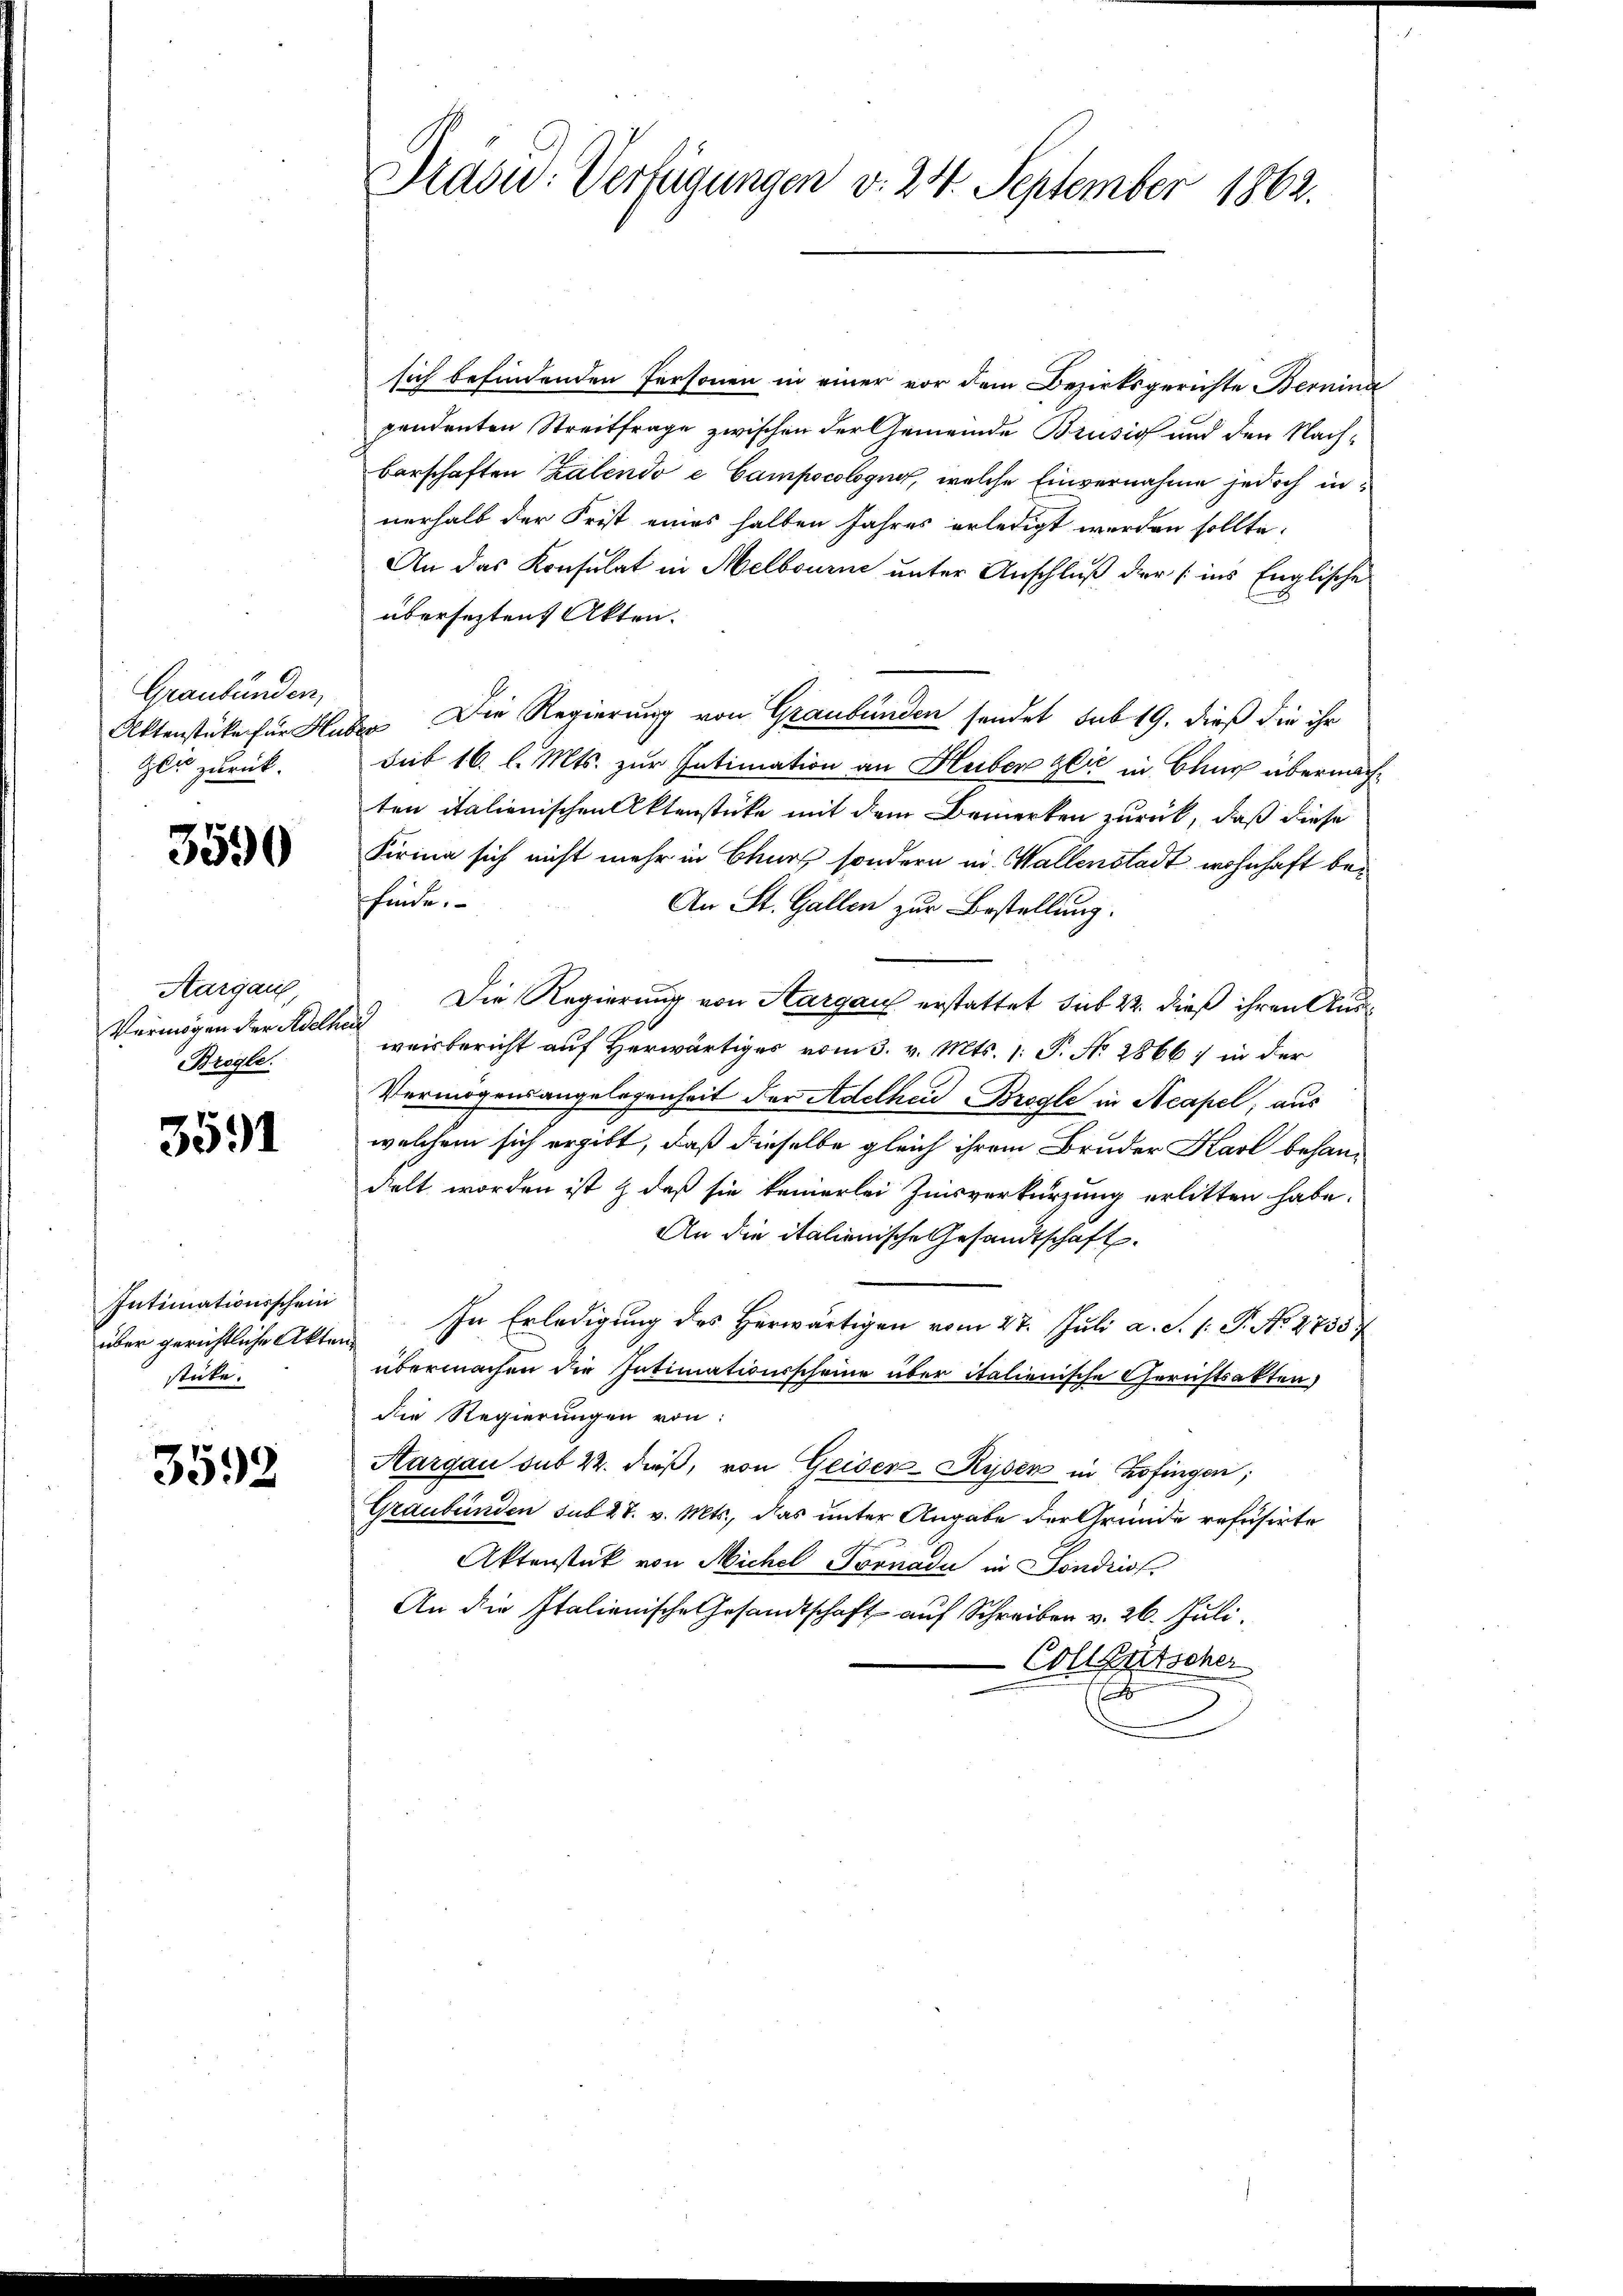
Graubünden,
Geu zurück.

3590

Aargau,
Vermögen der Adelhei
Brögle.

3591

Intimationsschein
über gerichtliche Akten
stüke.

3592

Präsid. Verfügungen v. 24. September 1862.

sich befindenden Personen in einer vor dem Bezirksgerichte Bernina
pendenten Streitfrage zwischen der Gemeinde Brusio und den Nachberschaften Kalendo e Campscologue, welche Einvernahme jedoch innerhalb der Frist eines halben Jahres erledigt werden sollte.
An das Konsulat in Melbourne unter Anschluß der ins Englische
übersezten Akten.
Aktenstücke für Huber Die Regierung von Graubünden sendet sub 19. dieß die ihr
Sub 16. l. Mts. zur Intimation an Huber gli in Chur übernachten italienischen Aktenstücke mit dem Bemerken zurück, daß diese
Firina sich nicht mehr in Churz sondern in Wallenstadt wohnhaft bei
finde.
An St. Gallen zur Bestellung.
Die Regierung von Aargau erstattet sub 22. dieß ihren Ausweisbericht auf Herwärtiges vom 3. v. Mts. 1. P. No 2866) in der
Vermögensangelegenheit der Adelheid Brogle in Acapel, aus
welchem sich ergibt, daß dieselbe gleich ihrem Bruder Karl behandelt worden ist & daß sie keinerlei Zinsverkürzung erlitten habe.
An die italienische Gesandtschaft.
In Erledigung des Herwärtigen vom 27. Juli a. S. 1: P. No. 2755/
¬
übermachen die Intimationsscheine über italienische Gerichtsakten,
die Regierungen von:
Aargau sub 22. dieß, von Geiser-Ryser in Zofingen;
Graubünden sub 27. v. Mts., das unter Angabe der Gründe refusirte
Aktenstück von Michel Tornade in Sondriss
An die Italienische Gesandtschaft auf Schreiben v. 26. Juli.
Collentschen